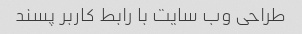
طراحی وب سایت با رابط کاربر پسند